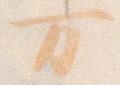
万